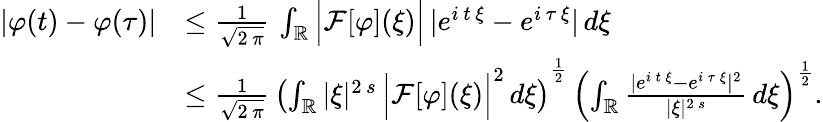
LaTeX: \begin{array}{rl}{|\varphi(t)-\varphi(\tau)|}&{\le\frac{1}{\sqrt{2\, \pi}}\, \int_{\mathbb{R}}\Big|\mathcal{F}[\varphi](\xi)\Big|\, |e^{i\, t\, \xi}-e^{i\, \tau\, \xi}|\, d\xi}\\ &{\le\frac{1}{\sqrt{2\, \pi}}\, \left(\int_{\mathbb{R}}|\xi|^{2\, s}\, \Big|\mathcal{F}[\varphi](\xi)\Big|^{2}\, d\xi\right)^{\frac{1}{2}}\, \left(\int_{\mathbb{R}}\frac{|e^{i\, t\, \xi}-e^{i\, \tau\, \xi}|^{2}}{|\xi|^{2\, s}}\, d\xi\right)^{\frac{1}{2}}.}\end{array}